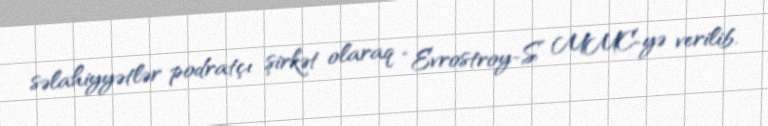
səlahiyyətlər podratçı şirkət olaraq “Evrostroy-S” MMC-yə verilib.